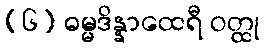
(၆) ဓမ္မဒိန္နာထေရီ ဝတ္ထု